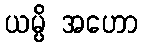
ယမ္ပိ အဟော